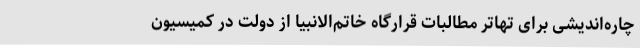
چاره‌اندیشی برای تهاتر مطالبات قرارگاه خاتم‌الانبیا از دولت در کمیسیون